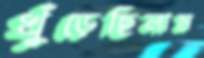
খুঁড়েছিলাম